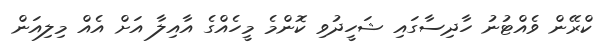
ކްރޭން ވެއްޓުނު ހާދިސާގައި ޝަހީދުވި ކޮންމެ މީހެއްގެ އާއިލާ އަށް އެއް މިލިއަން